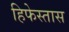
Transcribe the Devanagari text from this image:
हिफेस्तास